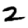
Digit: 2